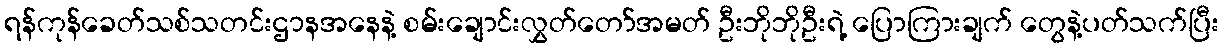
ရန်ကုန်ခေတ်သစ်သတင်းဌာနအနေနဲ့ စမ်းချောင်းလွှတ်တော်အမတ် ဦးဘိုဘိုဦးရဲ့ ပြောကြားချက် တွေနဲ့ပတ်သက်ပြီး